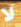
لا